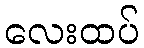
လေးထပ်